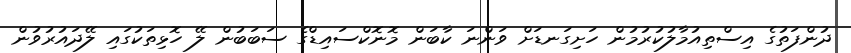
ދުންފަތުގެ އިސްތިއުމާލުކުރުމުން ހަށިގަނޑަށް ވަންނަ ކާބަން މޮނޮކްސައިޑްގެ ސަބަބުން ލޭ ހޮޅިތަކުގައި ލޭދައުރުވުން